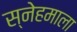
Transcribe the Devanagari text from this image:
स्नेहमाला